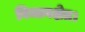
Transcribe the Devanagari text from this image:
विमानक्षेत्र।